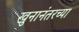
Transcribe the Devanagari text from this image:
खुनानंतरच्या